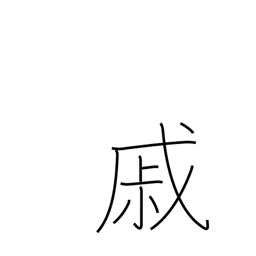
Meaning: grieve